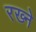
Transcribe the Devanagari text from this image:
रख्ने